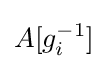
A[g_{i}^{-1}]